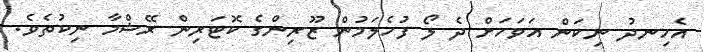
އެހިނދު ނިކަން އަވަހަށް ދެ ލޯ ފުހެލަމުން ޒޫރިންގެ ކޮޓަރިން ރޭޝްމާ ނިކުތެވެ.